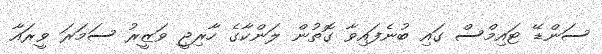
ސަންޑޭ ޓައިމްސް ގައި ބުނެފައިވާ ގޮތުން ލަންކާގެ ހާރިޖީ ވަޒީރު ސަމަރަ ވީރައާ